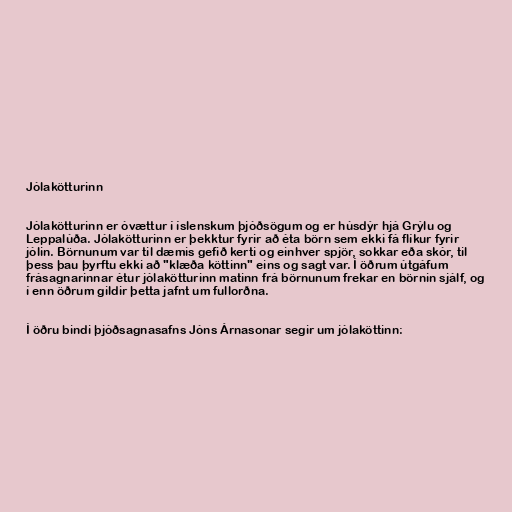
Jólakötturinn

Jólakötturinn er óvættur í íslenskum þjóðsögum og er húsdýr hjá Grýlu og
Leppalúða. Jólakötturinn er þekktur fyrir að éta börn sem ekki fá flíkur fyrir
jólin. Börnunum var til dæmis gefið kerti og einhver spjör, sokkar eða skór, til
þess þau þyrftu ekki að "klæða köttinn" eins og sagt var. Í öðrum útgáfum
frásagnarinnar étur jólakötturinn matinn frá börnunum frekar en börnin sjálf, og
í enn öðrum gildir þetta jafnt um fullorðna.

Í öðru bindi þjóðsagnasafns Jóns Árnasonar segir um jólaköttinn: